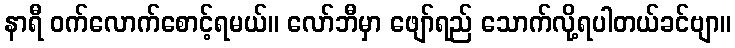
နာရီ ဝက်လောက်စောင့်ရမယ်။ လော်ဘီမှာ ဖျော်ရည် သောက်လို့ရပါတယ်ခင်ဗျာ။